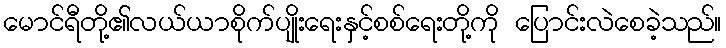
မောင်ရီတို့၏လယ်ယာစိုက်ပျိုးရေးနှင့်စစ်ရေးတို့ကို ပြောင်းလဲစေခဲ့သည်။